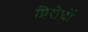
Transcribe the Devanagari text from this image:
प्रिरोधों